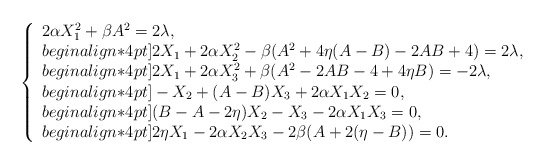
\begin{align*}\left\{\begin{array}{l} 2 \alpha X_1^2+\beta A^2 =2\lambda, \\begin{align*}4pt]2 X_1+2 \alpha X_2^2-\beta(A^2+4\eta (A-B) -2AB+4)=2\lambda, \\begin{align*}4pt]2 X_1+2 \alpha X_3^2+\beta(A^2-2AB-4+4\eta B )=-2\lambda, \\begin{align*}4pt]-X_2+(A-B)X_3+2\alpha X_1X_2=0, \\begin{align*}4pt](B-A-2\eta)X_2 -X_3-2\alpha X_1X_3=0, \\begin{align*}4pt]2\eta X_1-2\alpha X_2X_3-2\beta ( A+2(\eta-B))=0.\end{array}\right.\end{align*}